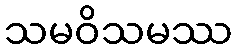
သမဝိသမဿ